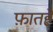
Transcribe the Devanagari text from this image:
फ़ातहे